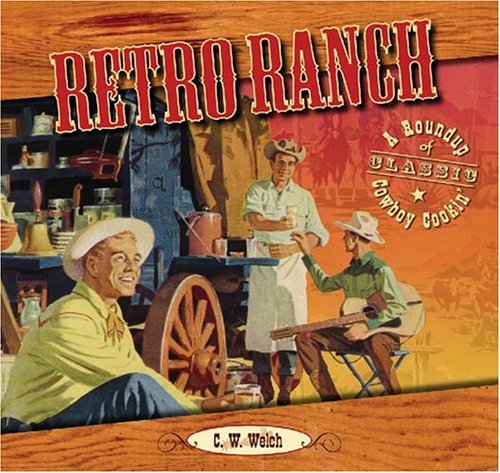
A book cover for Retro Ranch: A Roundup or Classic Cowboy Cookin'; C. W. Welch; Cookbooks, Food & Wine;